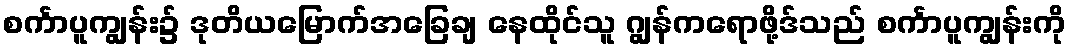
စင်္ကာပူကျွန်း၌ ဒုတိယမြောက်အခြေချ နေထိုင်သူ ဂျွန်ကရောဖို့ဒ်သည် စင်္ကာပူကျွန်းကို